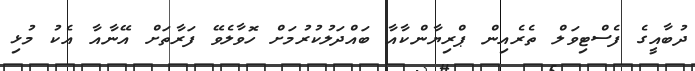
ދުބާއީގެ ފެސްޓިވަލް ތެރެއިން ޕްރިޔާންކާއާ ބައްދަލުކުރުމަށް ހޮވާލެވޭ ފަރާތަށް އޭނާއާ އެކު މުޅި